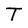
Character: T